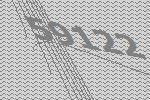
59122